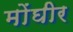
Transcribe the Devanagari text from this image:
मोंघीर